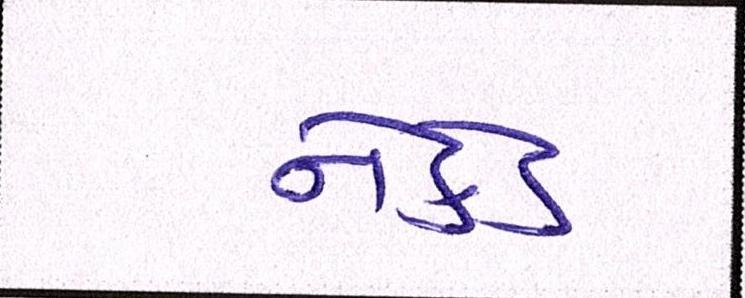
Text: નેકેડ